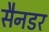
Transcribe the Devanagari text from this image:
सैनडर